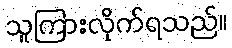
သူကြားလိုက်ရသည်။